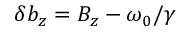
\delta b _ { z } = B _ { z } - \omega _ { 0 } / \gamma